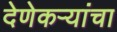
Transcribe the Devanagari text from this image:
देणेकऱ्यांचा